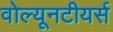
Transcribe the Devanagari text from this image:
वोल्यूनटीयर्स